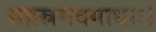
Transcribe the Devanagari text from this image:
सहस्रमवगाधाः।